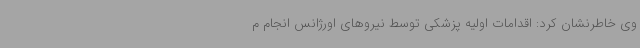
وی خاطرنشان کرد: اقدامات اولیه پزشکی توسط نیروهای اورژانس انجام م